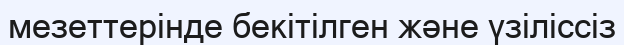
мезеттерінде бекітілген және үзіліссіз